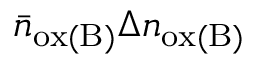
\bar { n } _ { \mathrm { o x ( B ) } } \Delta n _ { \mathrm { o x ( B ) } }